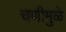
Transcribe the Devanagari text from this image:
चणीमुळे